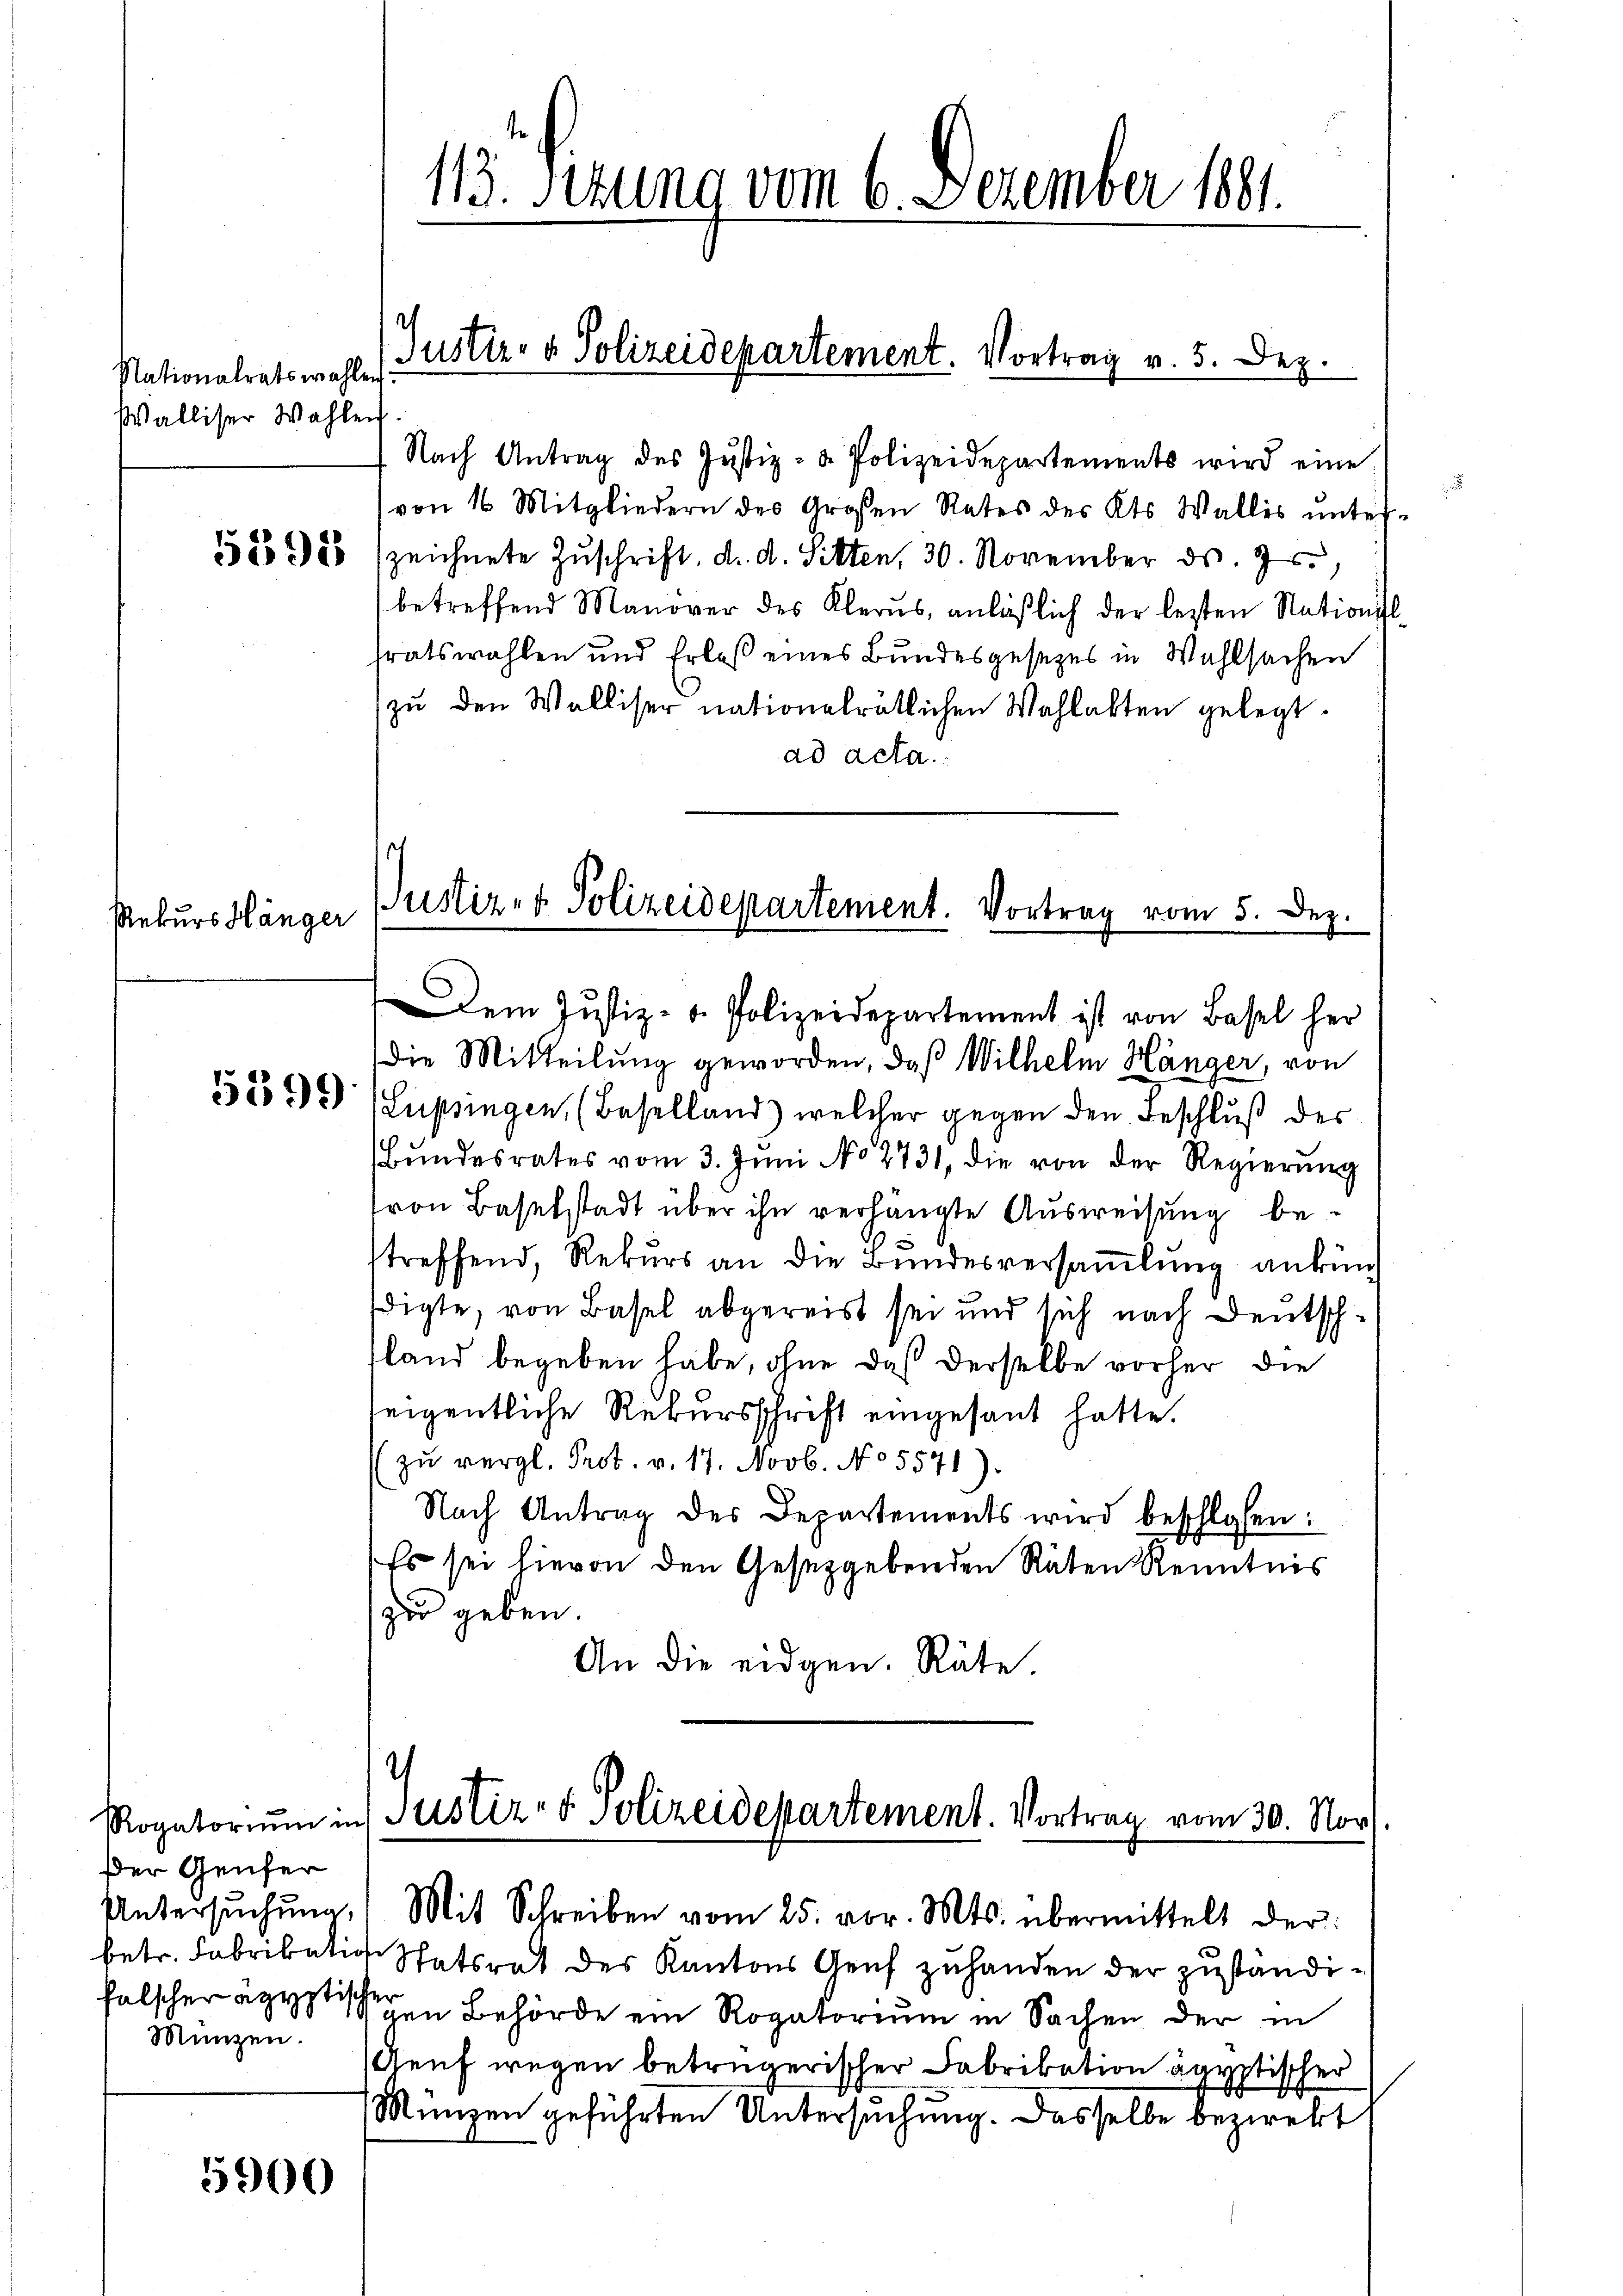
Nationalratswahlen
Walliser Wahlen

5395

Rekurs Hänger

5599

Der Genfer
Untersuchung,
Münzen.

5900

d

113. Sizung vom 6. Dezember 1881.

Justiz- & Polizeidepartement. Vortrag v. 5. Dez.
Nach Antrag des Jŭstiz- & Polizeidepartements wird eine

Justiz- & Polizeidepartement. Vortrag vom 5. Dez.
Dem Justiz- u. Polizeidepartement ist von Basel her

von 16 Mitgliedern des Großen Rates des Kts. Wallis ŭnter-
zeichnete Zuschrift, d. d. Sitten, 30. November ds. 7
betreffend Manover des Klerus, anläβlich der letzten Nationisl
tratswahlen und Erlaß eines Bundesgesezes in Wahlsachen
zu den Walliser nationalrätlichen Wahlakten gelegt.
ad acta.
Die Mitteilung geworden, daß Wilhelm Hänger, von
Lupsingen, (Baselland) welcher gegen den Beschluß des
Bŭndesrates vom 3. Jŭni No 2731, die von der Regierŭng
von Baselstadt über ihn verhängte Ausweisung betreffend, Rekurs an die Bundesversamlung ankünf
digte, von Basel abgereist sei und sich nach Deutschland begeben habe, ohne daß derselbe vorher die
seigentliche Rekursschrift eingesant hatte.
zŭ vergl. Prot. v. 17. Novb. No 5571).
Nach Antrag des Departements wird beschloßen:
Es sei hievon den Gesetzgebenden Räten Kenntnis
zu geben.
An die eidgen. Räte.

Rogatoriŭm in Justiz- & Polizeidepartement. Vortrag vom 30. Nov.

Mit Schreiben vom 25. vor. Mts. übermittelt der
betr. Fabrikation Statsrat des Kantons Genf zuhanden der zuständifalscher gegen Behörde ein Rogatoriŭm in Sachen der in
Reuf wegen betrügerischer Fabrikation ägyptischer
Münzen geführten Untersuchung. Dasselbe bezieht